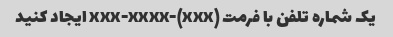
یک شماره تلفن با فرمت (xxx)-xxx-xxxx ایجاد کنید